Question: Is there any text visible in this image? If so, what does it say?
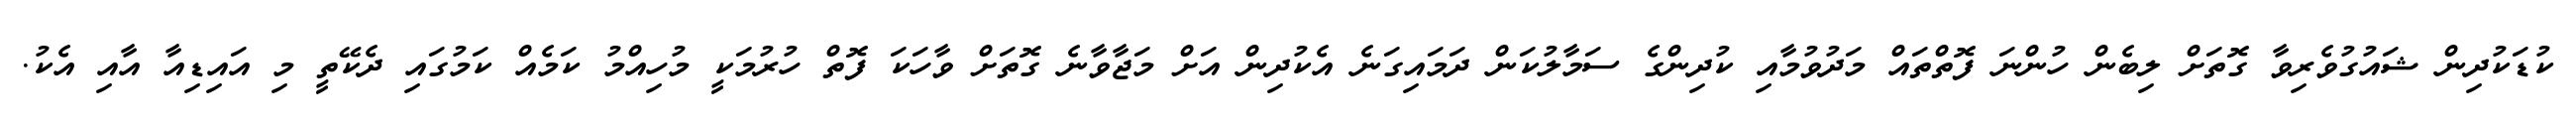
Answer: ކުޑަކުދިން ޝައުގުވެރިވާ ގޮތަށް ލިބެން ހުންނަ ފޮތްތައް މަދުވުމާއި ކުދިންގެ ސަމާލުކަން ދަމައިގަނެ އެކުދިން އަށް މަޖާވާނެ ގޮތަށް ވާހަކަ ފޮތް ހުރުމަކީ މުހިއްމު ކަމެއް ކަމުގައި ދެކޭތީ މި އައިޑިއާ އާއި އެކު.